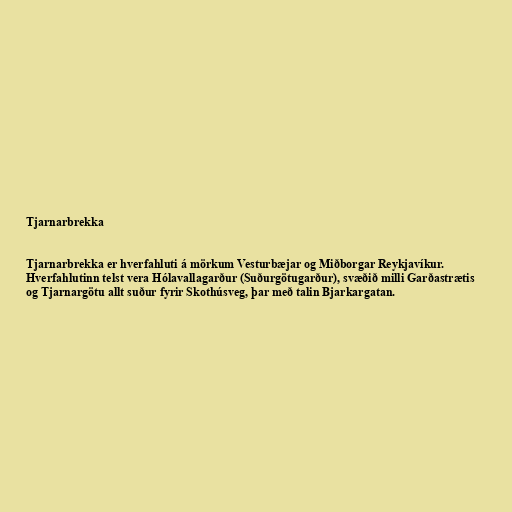
Tjarnarbrekka

Tjarnarbrekka er hverfahluti á mörkum Vesturbæjar og Miðborgar Reykjavíkur.
Hverfahlutinn telst vera Hólavallagarður (Suðurgötugarður), svæðið milli Garðastrætis
og Tjarnargötu allt suður fyrir Skothúsveg, þar með talin Bjarkargatan.